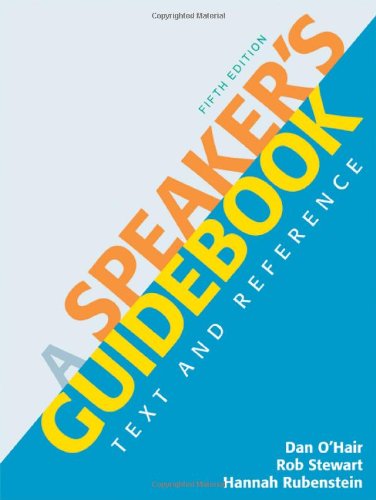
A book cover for A Speaker's Guidebook: Text and Reference; Dan O'Hair; Reference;